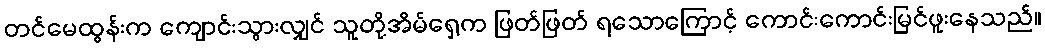
တင်မေထွန်းက ကျောင်းသွားလျှင် သူတို့အိမ်ရှေ့က ဖြတ်ဖြတ် ရသောကြောင့် ကောင်းကောင်းမြင်ဖူးနေသည်။